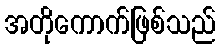
အတိုကောက်ဖြစ်သည်